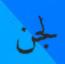
لجن